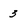
Character: 3